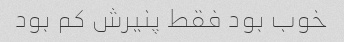
خوب بود فقط پنیرش کم بود